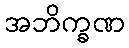
အဘိက္ခဏ